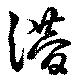
潜